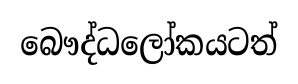
බෞද්ධලෝකයටත්